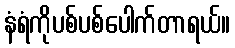
နံရံကိုပစ်ပစ်ပေါက်တာရယ်။